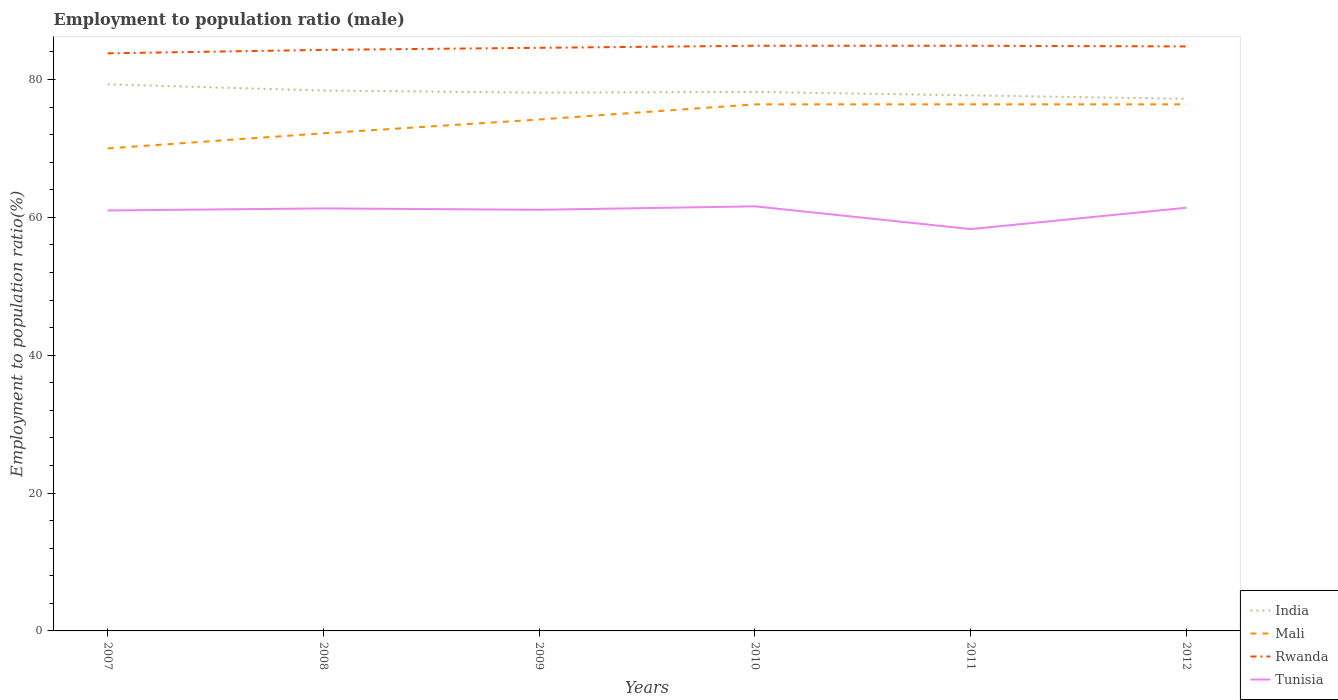
| Years | India | Mali | Rwanda | Tunisia |
 | --- | --- | --- | --- | --- |
 | 2007 | 79.3 | 70 | 83.8 | 61 |
 | 2008 | 78.4 | 72.2 | 84.3 | 61.3 |
 | 2009 | 78.1 | 74.2 | 84.6 | 61.1 |
 | 2010 | 78.2 | 76.4 | 84.9 | 61.6 |
 | 2011 | 77.7 | 76.4 | 84.9 | 58.3 |
 | 2012 | 77.2 | 76.4 | 84.8 | 61.4 |